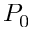
P _ { 0 }